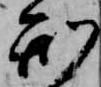
刑